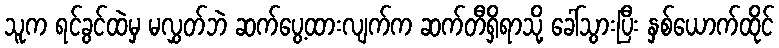
သူက ရင်ခွင်ထဲမှ မလွှတ်ဘဲ ဆက်ပွေ့ထားလျက်က ဆက်တီရှိရာသို့ ခေါ်သွားပြီး နှစ်ယောက်ထိုင်